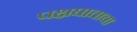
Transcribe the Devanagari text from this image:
पक्षघाताचा